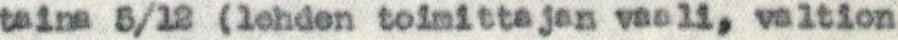
taina 5/12 (lehden toimittajan vaali, valtion